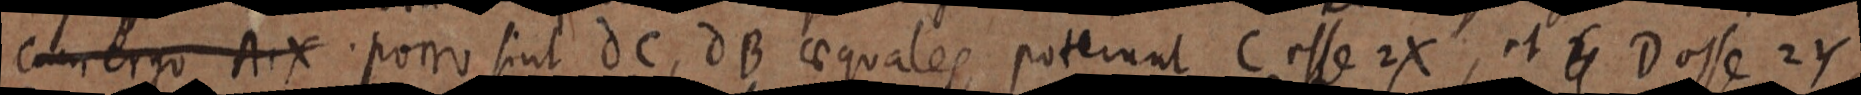
cum ergo A1X porro sint dC, dB aequales poterunt C esse 2X, et _ D esse 2Y